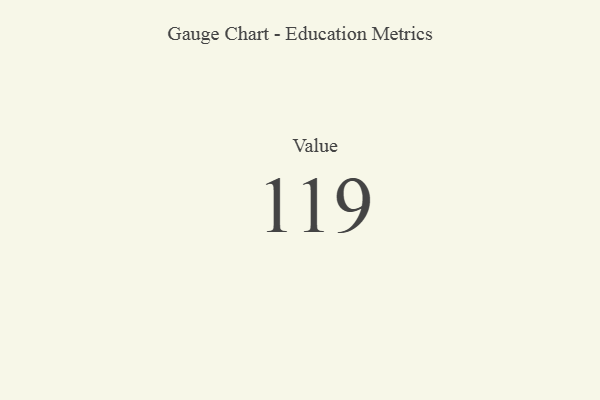
{"axis": {"x": "Metric", "y": "Value"}, "legend": [""], "data": [{"x": "Value", "y": 119, "type": ""}]}